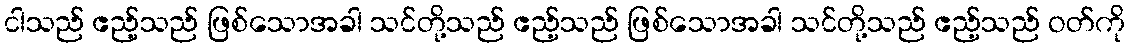
ငါသည် ဧည့်သည် ဖြစ်သောအခါ သင်တို့သည် ဧည့်သည် ဖြစ်သောအခါ သင်တို့သည် ဧည့်သည် ဝတ်ကို